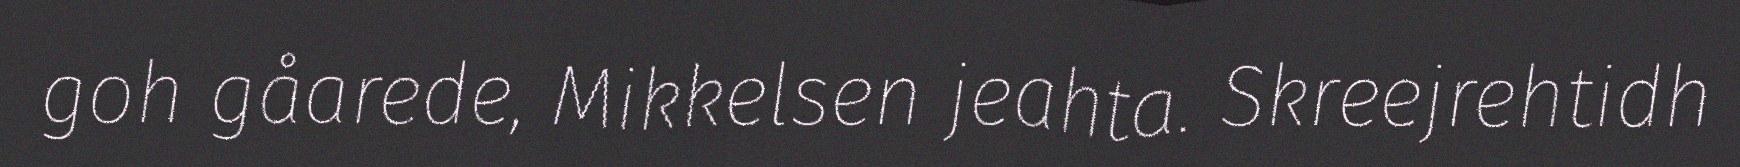
goh gåarede, Mikkelsen jeahta. Skreejrehtidh